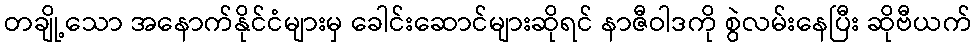
တချို့သော အနောက်နိုင်ငံများမှ ခေါင်းဆောင်များဆိုရင် နာဇီဝါဒကို စွဲလမ်းနေပြီး ဆိုဗီယက်